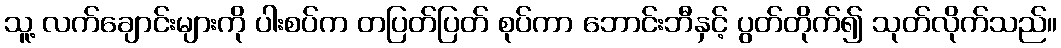
သူ့ လက်ချောင်းများကို ပါးစပ်က တပြတ်ပြတ် စုပ်ကာ ဘောင်းဘီနှင့် ပွတ်တိုက်၍ သုတ်လိုက်သည်။